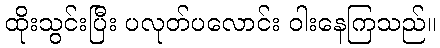
ထိုးသွင်းပြီး ပလုတ်ပလောင်း ဝါးနေကြသည်။